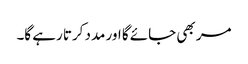
مر بھی جائے گا اور مدد کرتا رہے گا۔